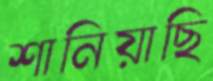
শানিয়াছি